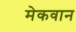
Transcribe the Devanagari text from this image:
मेकवान